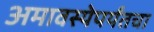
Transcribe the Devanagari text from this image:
अमावस्येपर्यंतचा